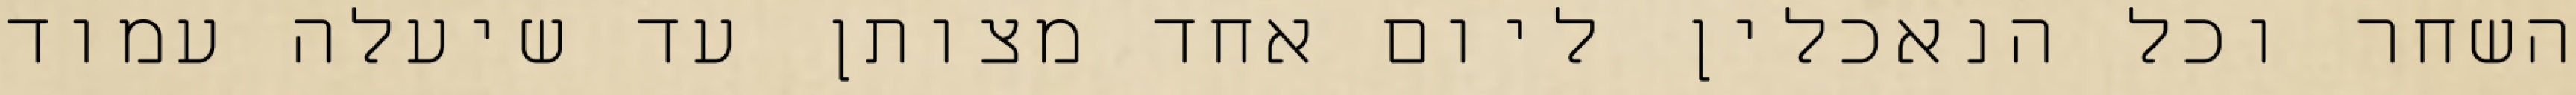
השחר וכל הנאכלין ליום אחד מצותן עד שיעלה עמוד